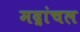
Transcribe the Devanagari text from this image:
मद्रांचल